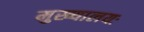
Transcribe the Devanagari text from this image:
मुख्यालयः